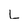
Character: L